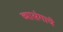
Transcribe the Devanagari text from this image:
व्यासंगाचे